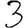
Digit: 3